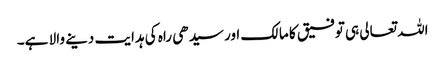
اللہ تعالی ہی توفیق کا مالک اور سیدھی راہ کی ہدایت دینے والا ہے۔